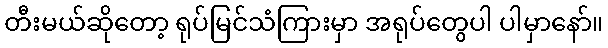
တီးမယ်ဆိုတော့ ရုပ်မြင်သံကြားမှာ အရုပ်တွေပါ ပါမှာနော်။